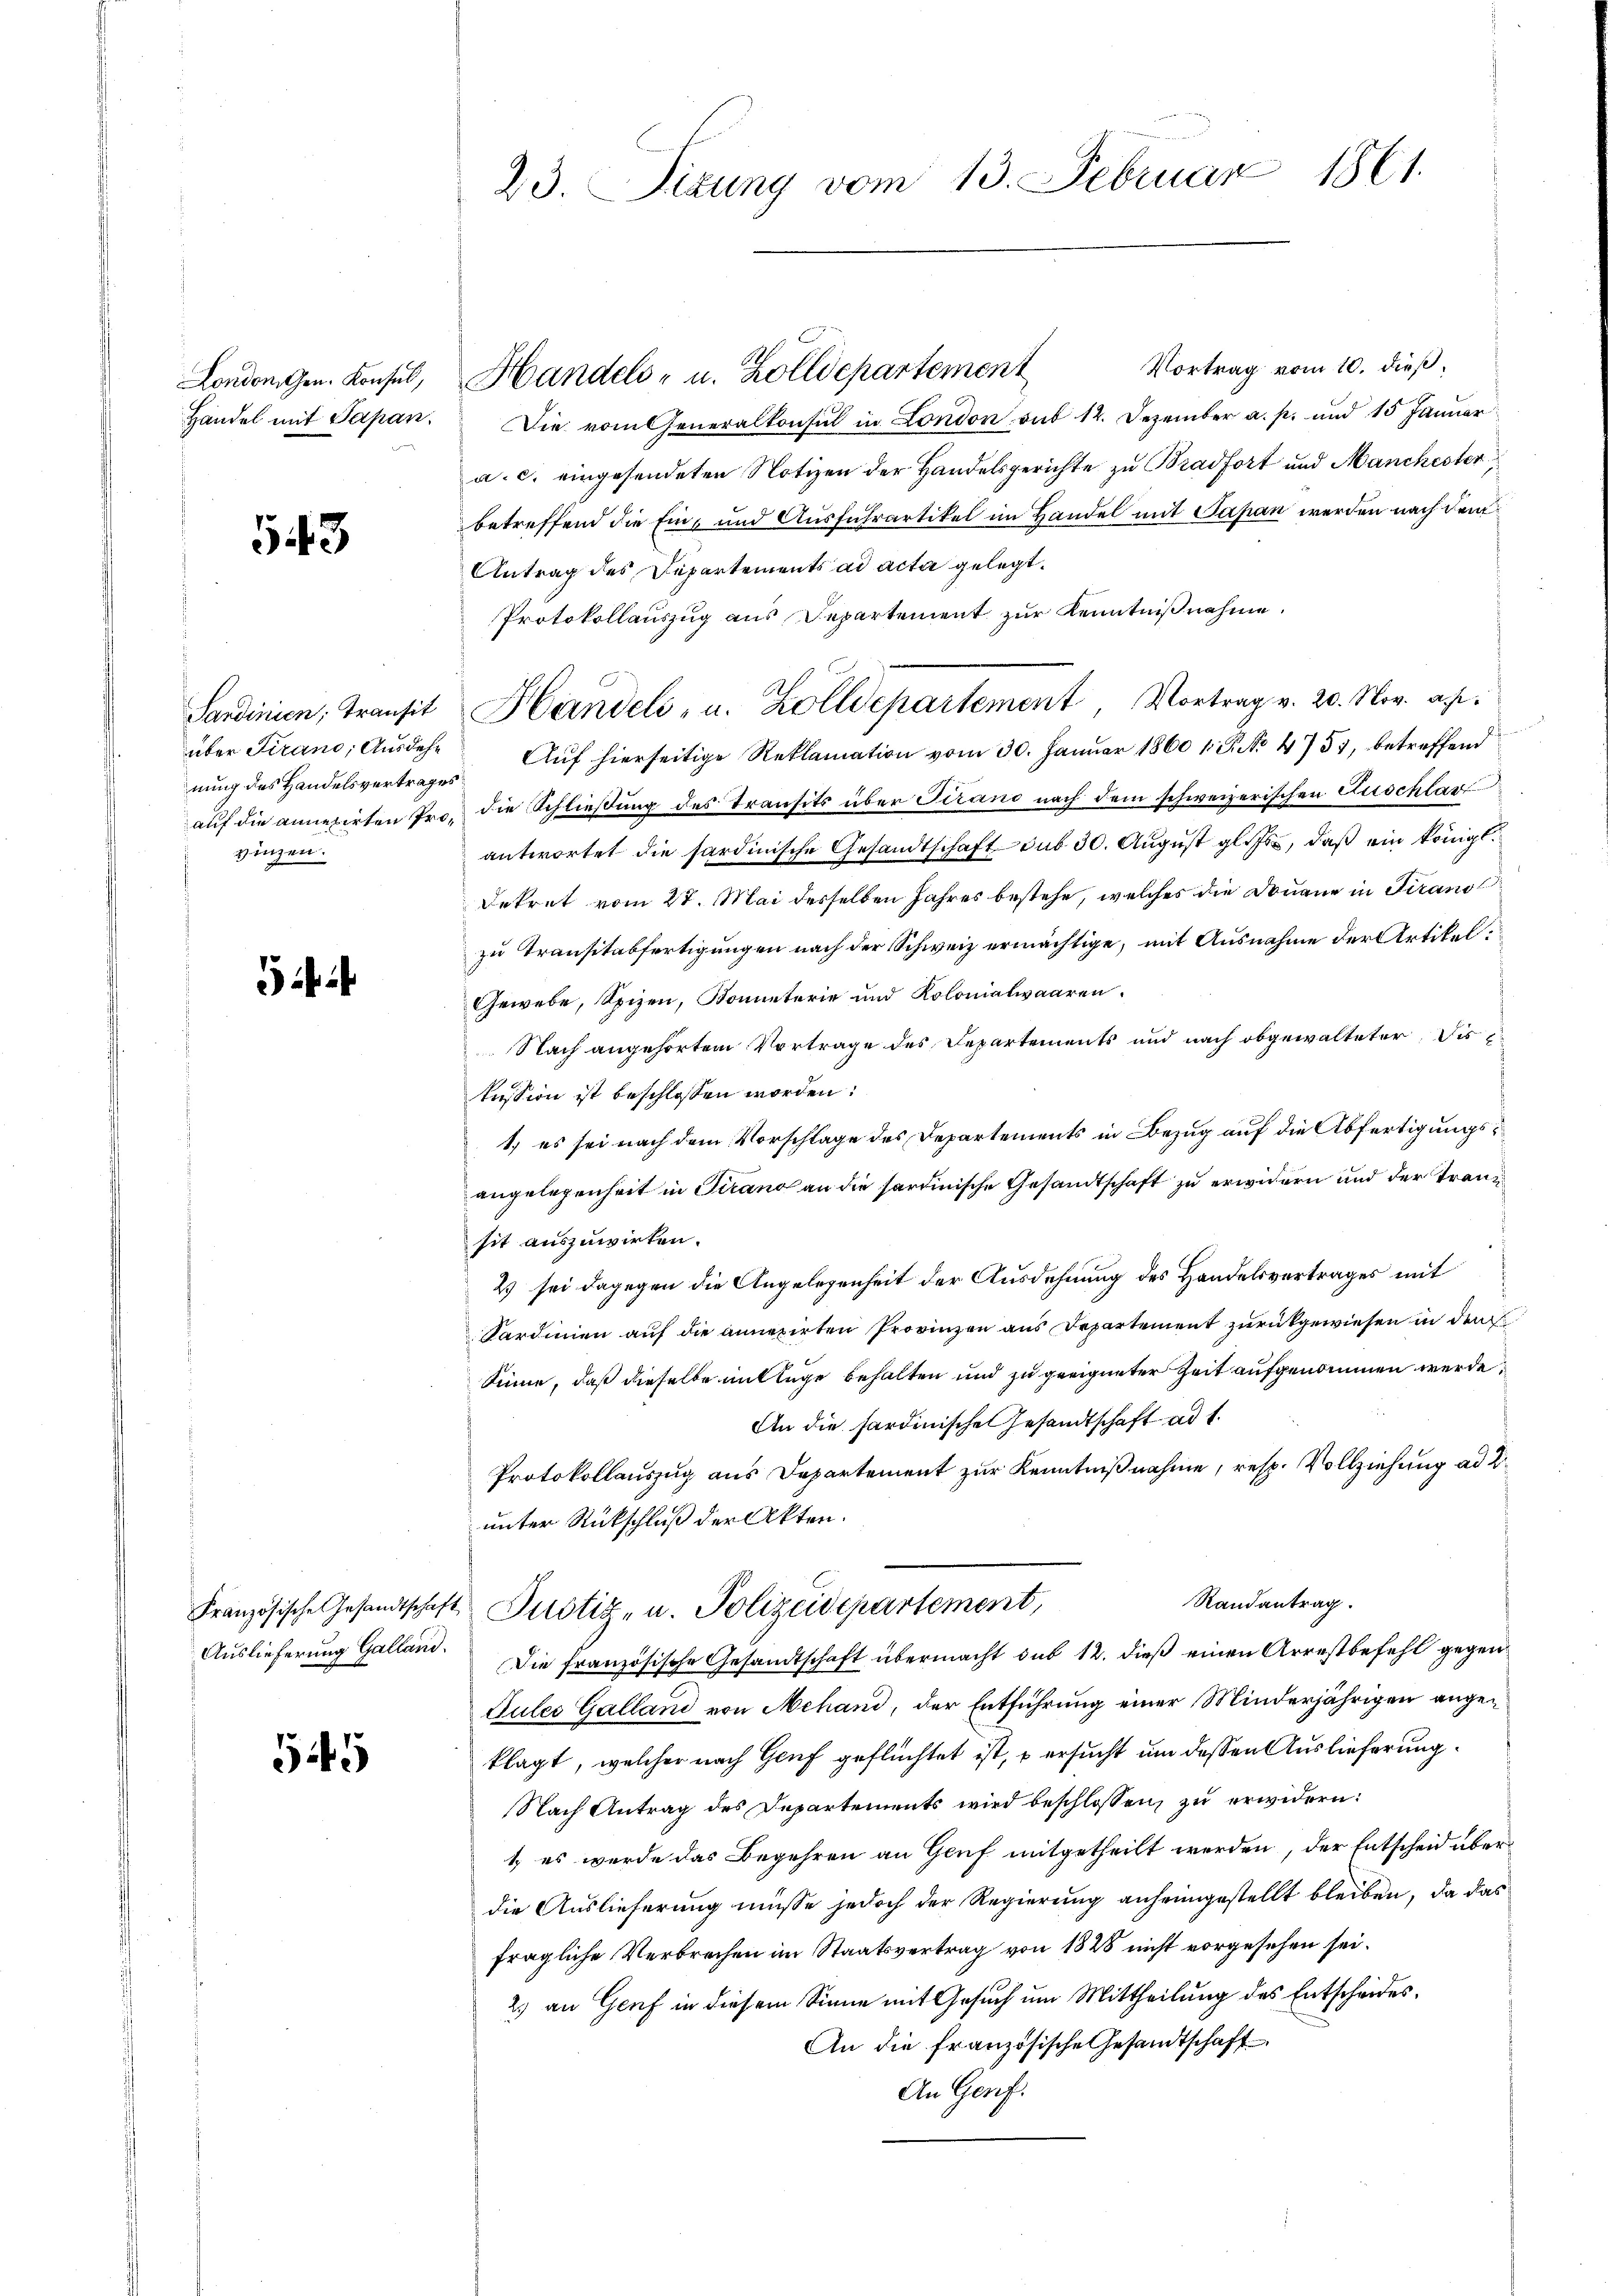
Handel mit Sapan.

543

über Firano, Ausdehn
nung des Handelsvertrages
vinzen.

545

23. Sizung vom 13. Februar 1861.

Vortrag vom 10. dieß,
Die vom Generalkonsul in London auf 12. Dezember a. p. und 15 Januar
a. c. eingesendeten Notizen der Handelsgerichte zu Bradfort und Manchester,
betreffend die Ein- und Ausfuhrartikel im Handel mit Papan werden nach dem
Antrag des Departements ad acta gelegt.
Protokollauszug aus Departement zur Kenntnißnahme.
Aŭf hierseitige Reklamation vom 30. Januar 1860 1 P. No 4755, betreffend
auf die annexirten Pro, die Schließung des Transits über Tirano nach dem schweizerischen Auschlart
antwortet die sardinische Gesandtschaft sub 30. August gl. Js., daß ein königl.
Dekret vom 27. Mai desselben Jahres bestehe, welches die Douane in Tirano
zu Transitabfertigungen nach der Schweiz ermächtige, mit Ausnahme der Artikel¬
Gewebe, Spizen, Kometerie und Kolonialwaaren.
Nach angehörtem Vortrage des Departements und nach abgewalteter die
kussion ist beschlossen worden:
1., es sei nach dem Vorschlage des Departements in Bezug auf die Abfertigungsangelegenheit in Tirano an die sardinische Gesandtschaft zu erwidern und der Tranz
sit auszuwirken.
2) sei dagegen die Angelegenheit der Ausdehnung des Handelsvertrages mit
Sardinien auf die annexirten Provinzen aus Departement zurückgewiesen in den
Sinne, daß dieselbe mit lege behalten und zu geeigneter Zeit aufgenommen werde,
An die Fardinischen Gesandtschaft ad 1.
Protokollauszug aus Departement zur Kenntnißnahme, resp. Vollziehung ad 2.
unter Rückschluß der Akten.
Randantrag.
Französische Gesandtschaft Justiz- u. Polizeidepartement,
Auslieferung Galland. Die französische Gesandtschaft übermacht sub 12. dieß einen Arrestbefehl gegen¬
Gules Galland von Nehand, der Entführung einer Minderjährigen angeklagt, welcher nach Genf geflüchtet ist, s ersucht um dessen Auslieferung
Nach Antrag des Departements wird beschlossen, zu erwidern:
1, es werde das Begehren an Genf mitgetheilt werden, der Entscheid über
die Auslieferung müsse jedoch der Regierung anheimgestellt bleiben, da das
fragliche Verbrechen im Staatsvertrag von 1828 nicht vorgesehen sei.
2) an Genf in diesem Sinne mit Gesuch um Mittheilung des Entscheides,
An die französische Gesandtschaft
An Geref.

London gen. Konsul, Handels- u. Zolldepartement

Sardinien, Transit Handels- u. Zolldepartement, Vortrag v. 20. Nov. a.